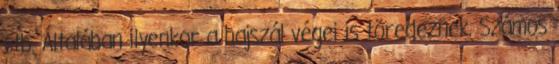
stb. Általában ilyenkor a hajszál végei is töredeznek. Számos